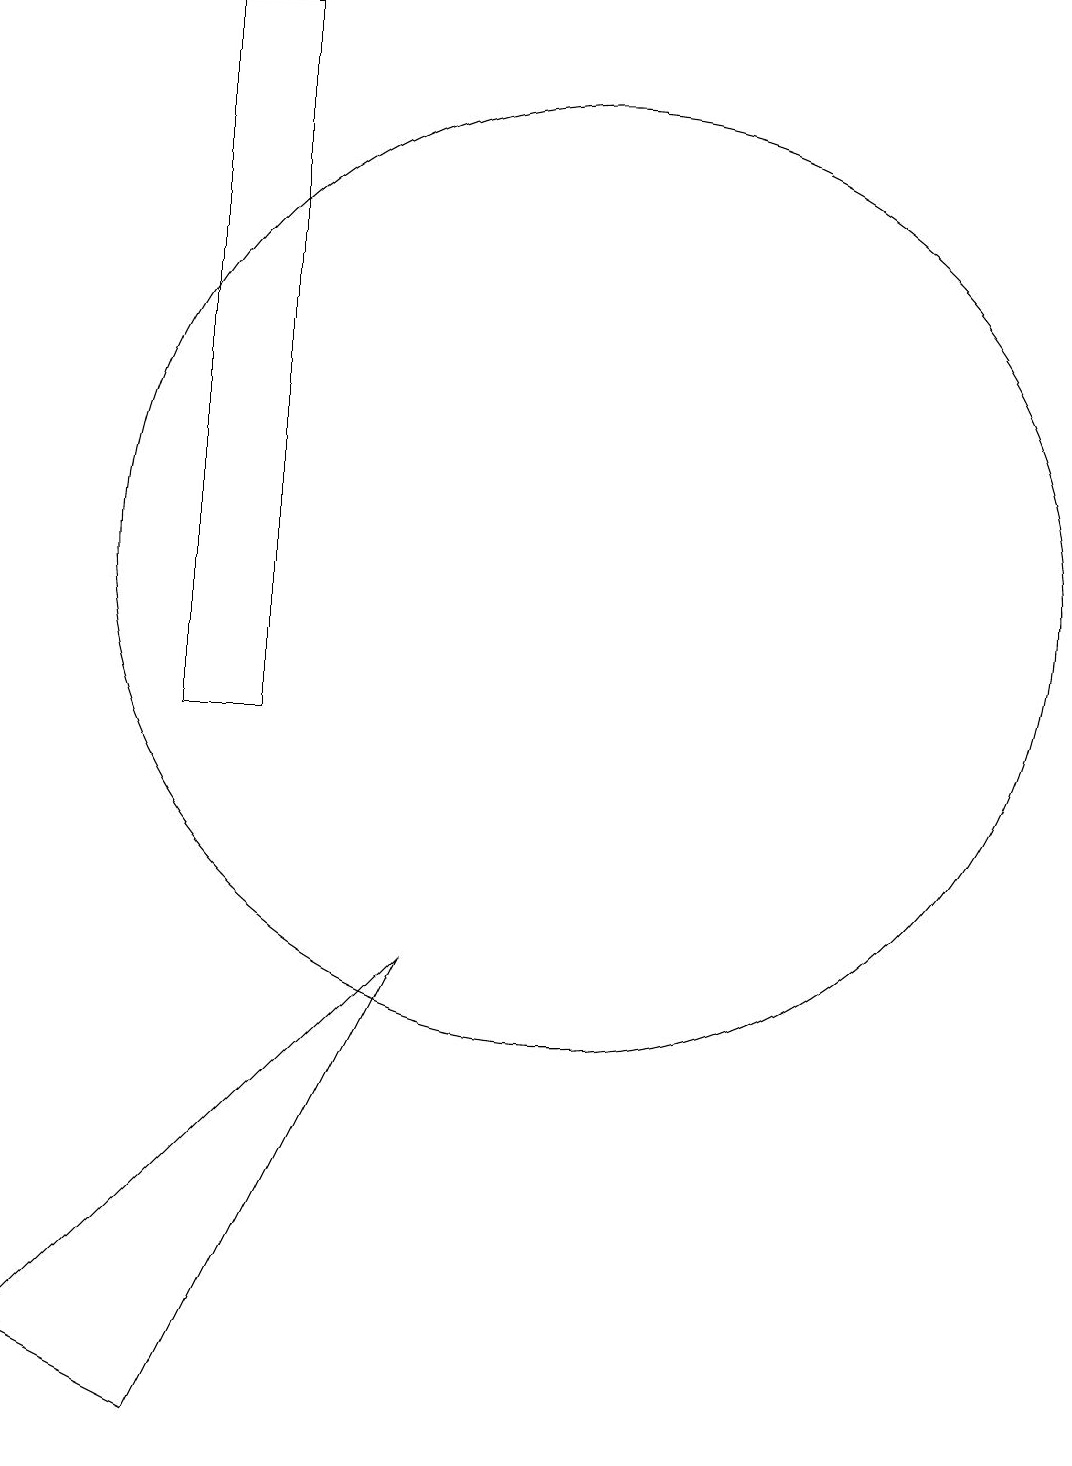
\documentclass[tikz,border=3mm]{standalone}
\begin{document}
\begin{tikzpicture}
\draw (6,10) rectangle (7,19);
\draw (11,12) circle (6);
\draw (9,7) -- (6,1) -- (4,2) -- cycle;
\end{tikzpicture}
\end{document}